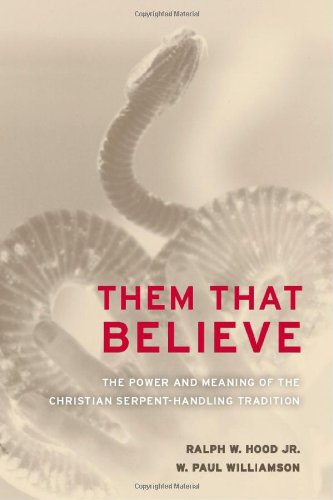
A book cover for Them That Believe: The Power and Meaning of the Christian Serpent-Handling Tradition; Ralph Hood; Religion & Spirituality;